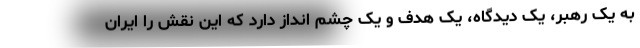
به یک رهبر، یک دیدگاه، یک هدف و یک چشم انداز دارد که این نقش را ایران